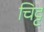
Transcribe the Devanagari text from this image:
चिट्ट